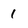
Character: 1